[Report on the health of British troops in the Madras command]
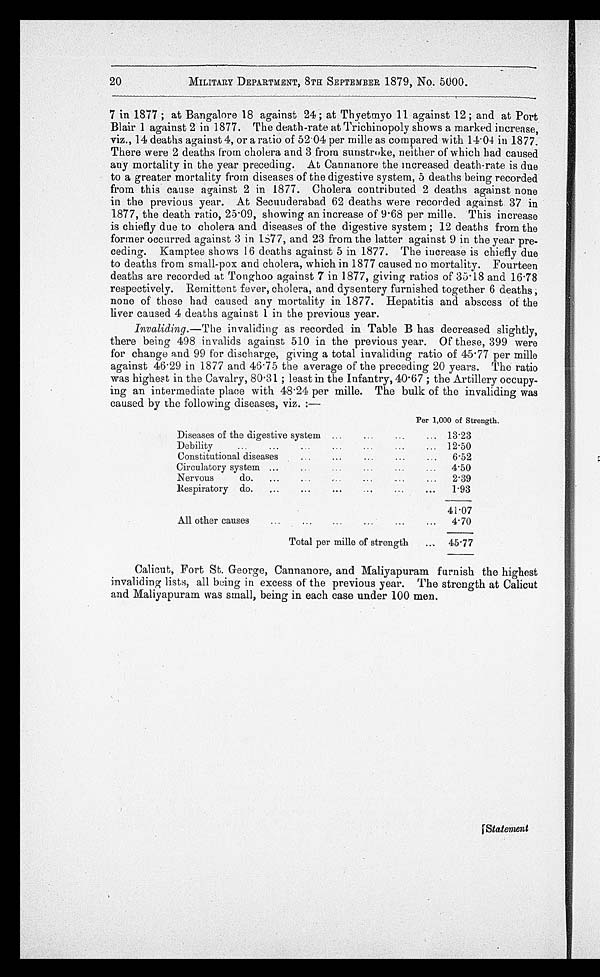
MILITARY DEPARTMENT, 8TH SEPTEMBER 1879, No. 5000.
7 in 1877 ; at Bangalore 18 against 24 ; at Thyetmyo 11 against 12 ; and at Port
Blair 1 against 2 in 1877. The death-rate at Trichinopoly shows a marked increase,
viz., 14 deaths against 4, or a ratio of 52.04 per mille as compared with 14.04 in 1877.
There were 2 deaths from cholera and 3 from sunstroke, neither of which had caused
any mortality in the year preceding. At Cannanore the increased death-rate is due
to a greater mortality from diseases of the digestive system, 5 deaths being recorded
from this cause against 2 in 1877. Cholera contributed 2 deaths against none
in the previous year. At Secunderabad 62 deaths were recorded against 37 in
1877, the death ratio, 25.09, showing an increase of 9.68 per mille. This increase
is chiefly due to cholera and diseases of the digestive system ; 12 deaths from the
former occurred against 3 in 1877 , and 23 from the latter against 9 in the year pre-
ceding. Kamptee shows 16 deaths against 5 in 1877. The increase is chiefly due
to deaths from small-pox and cholera, which in 1877 caused no mortality. Fourteen
deaths are recorded at Tonghoo against 7 in 1877, giving ratios of 35.18 and 16.78
respectively. Remittent fever, cholera, and dysentery furnished together 6 deaths ;
none of these had caused any mortality in 1877. Hepatitis and abscess of the
liver caused 4 deaths against 1 in the previous year.
Invaliding.— The invaliding as recorded in Table B has decreased slightly,
there being 498 invalids against 510 in the previous year. Of these, 399 were
for change and 99 for discharge, giving a total invaliding ratio of 45.77 per mille
against 46.29 in 1877 and 46.75 the average of the preceding 20 years. The ratio
was highest in the Cavalry, 80.31 ; least in the Infantry, 40.67 ; the Artillery occupy--
ing an intermediate place with 48.24 per mille. The bulk of the invaliding was
caused by the following diseases, viz. :—
Diseases of the digestive system
...
Per 1,000 of Strength.
13.23
D e b i l i t y . . .
12.50
Constitutional diseases . . .
6.52
Circulatory system . . .
4.50
N e r v o u s e d o
. . .
2.39
Respiratory do . . .
1.93
A l l o t h e r c a u s e s . . .
41.07
4.70
Total per mille of strength
45.77
Calicut, Fort St. George, Cannanore, and Maliyapuram furnish the highest
invaliding lists, all being in excess of the previous year. The strength at Calicut
and Maliyapuram was small, being in each case under 100 men.
[ S t a t e m e n t
20